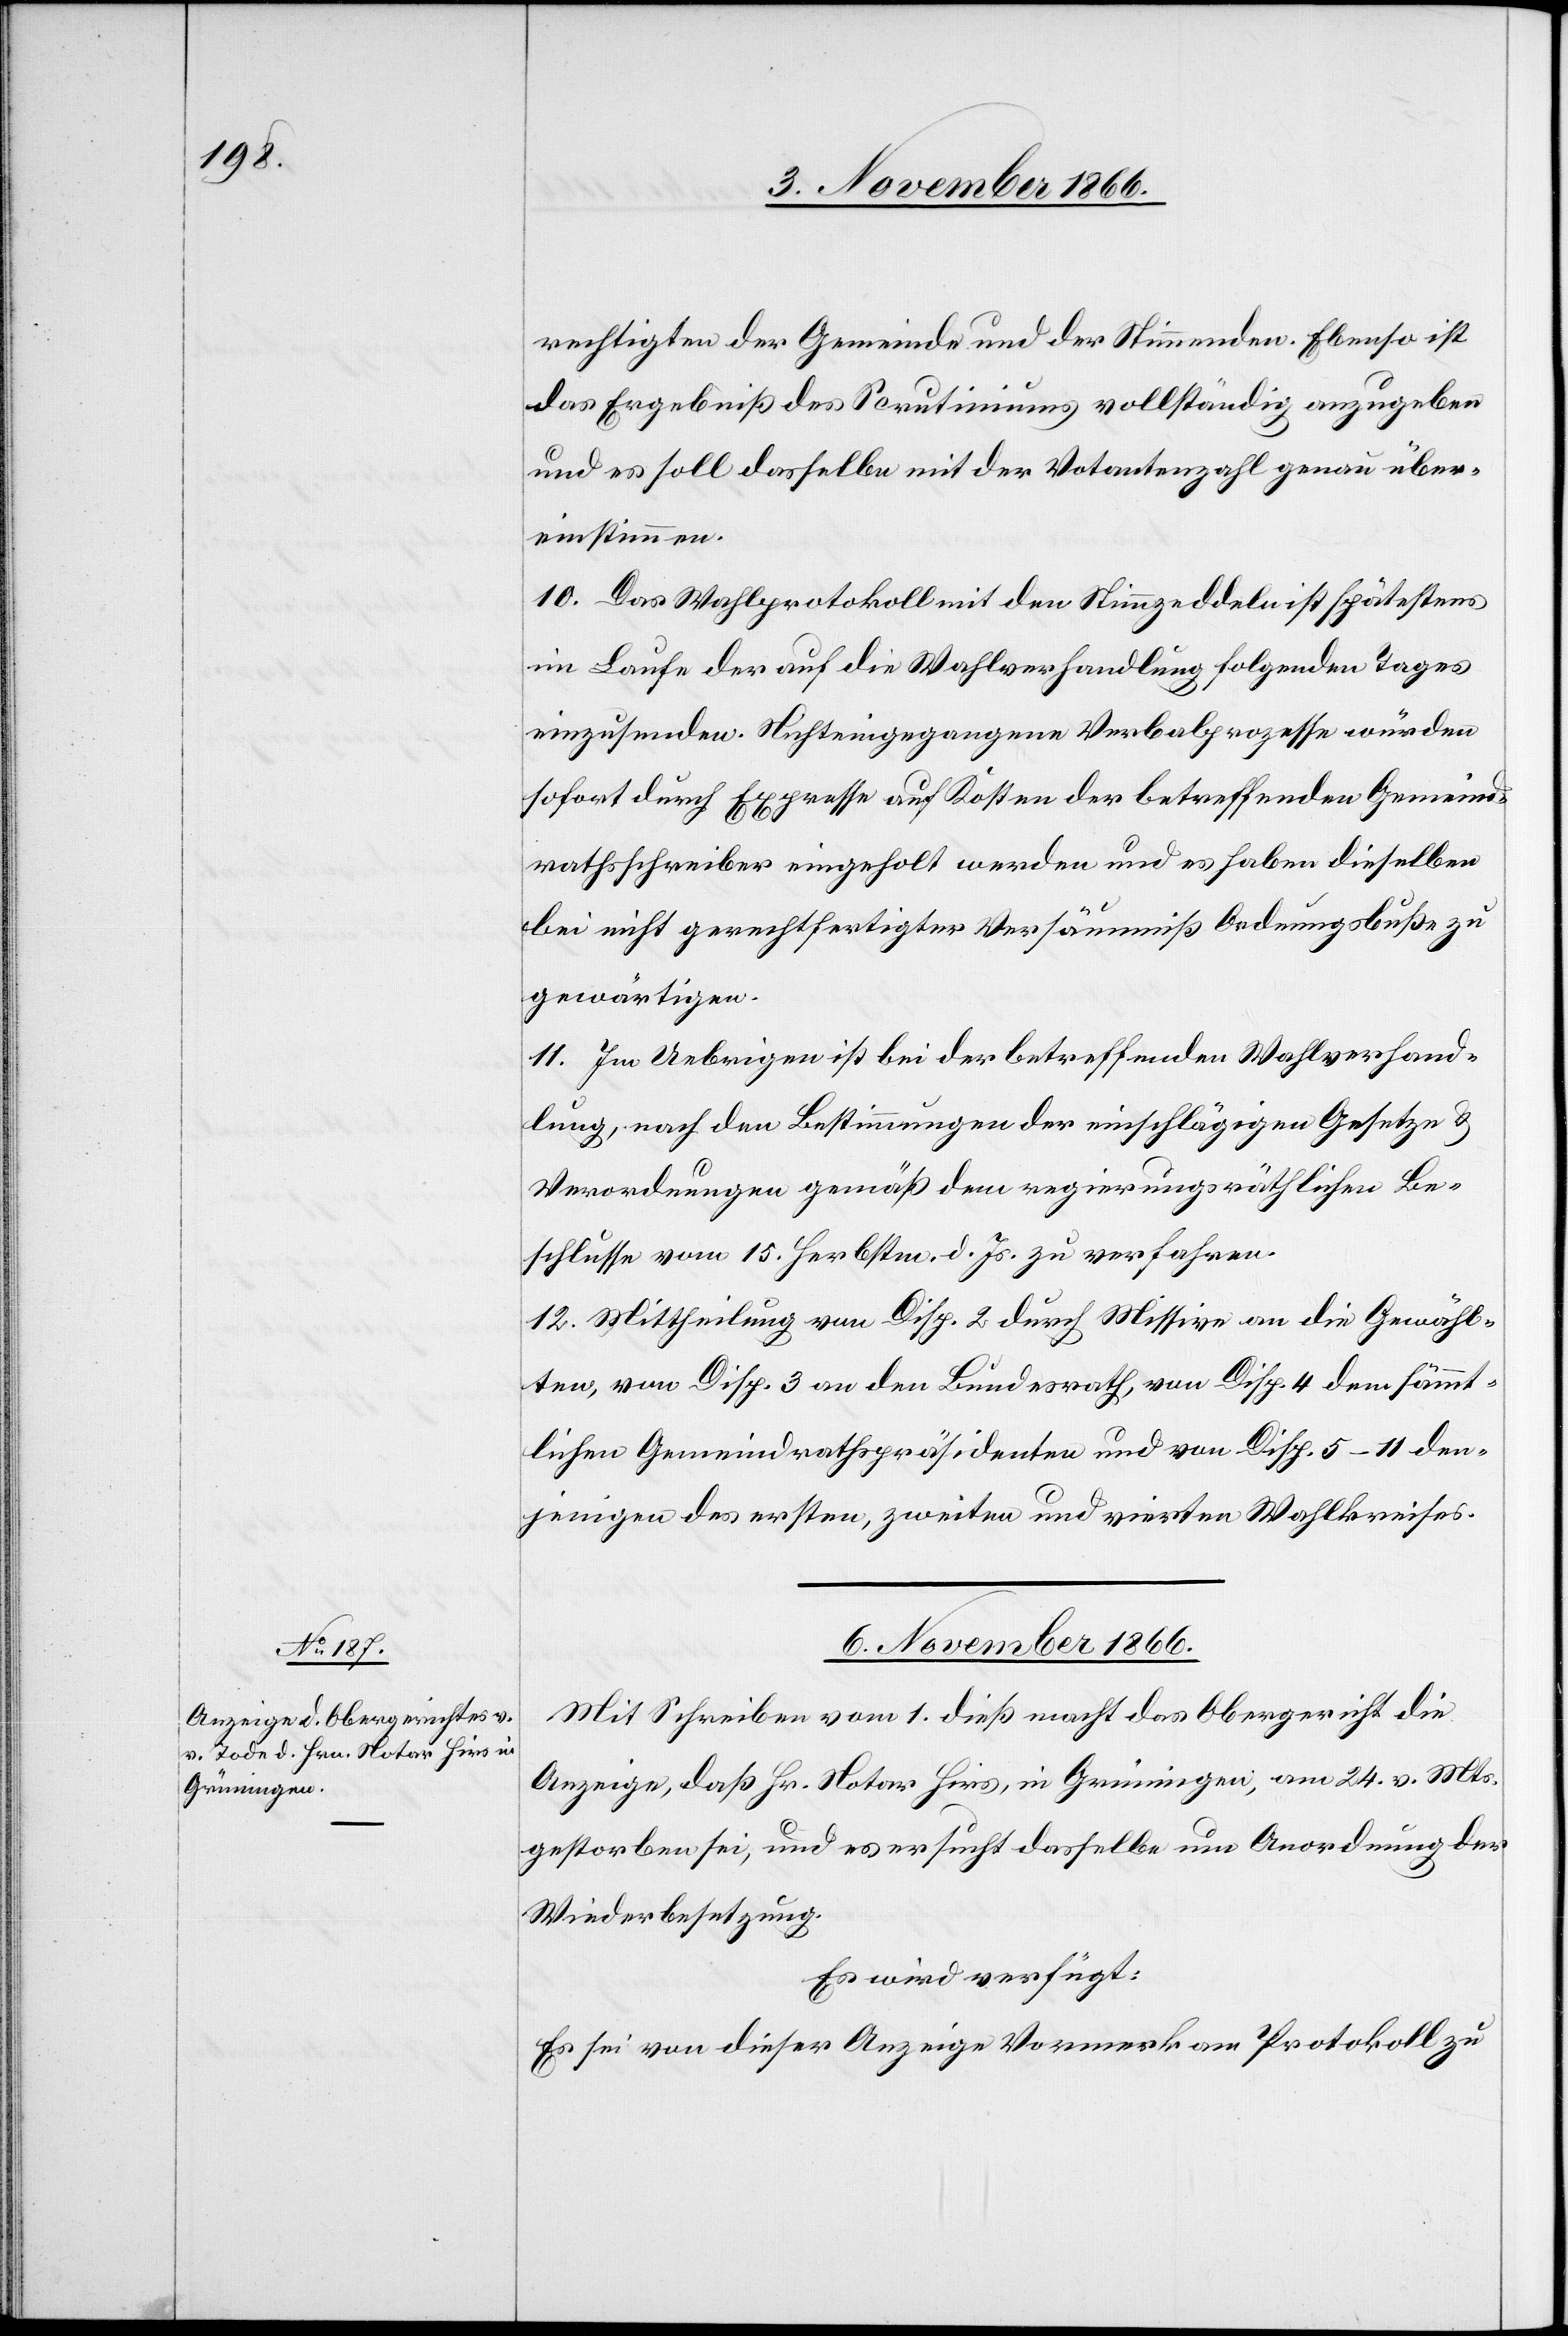
rechtigten der Gemeinde und der Stimmenden. Ebenso ist
das Ergebniß des Scrutiniums vollständig anzugeben
und es soll dasselbe mit der Votantenzahl genau über¬
einstimmen.
10. Das Wahlprotokoll mit den Stimmzeddeln ist spätestens
im Laufe des auf die Wahlverhandlung folgenden Tages
einzusenden. Nichteingegangene Verbalprozesse würden
sofort durch Expresse auf Kosten der betreffenden Gemeind¬
rathsschreiber eingeholt werden und es haben dieselben
bei nicht gerechtfertigter Versäumniß Ordnungsbuße zu
gewärtigen.
11. Im Uebrigen ist bei der betreffenden Wahlverhand¬
lung, nach den Bestimmungen der einschlägigen Gesetze &
Verordnungen gemäß dem regierungsräthlichen Be¬
schlusse vom 15. Herbstm. d. Js. zu verfahren.
12. Mittheilung von Disp. 2 durch Missive an die Gewähl¬
ten, von Disp. 3 an den Bundesrath, von Disp. 4 dem [sic!] sämmt¬
lichen Gemeindrathspräsidenten und von Disp. 5–11 den¬
jenigen des ersten, zweiten und vierten Wahlkreises.
6. November 1866.
Mit Schreiben vom 1. dieß macht das Obergericht die
Anzeige, daß Hr. Notar Hirs, in Grüningen, am 24. v. Mts.
gestorben sei, und es ersucht dasselbe um Anordnung der
Wiederbesetzung.
Es wird verfügt:
Es sei von dieser Anzeige Vormerk am Protokoll zu